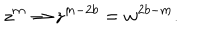
LaTeX: z ^ { m } \rightarrow z ^ { m - 2 b } = w ^ { 2 b - m } .